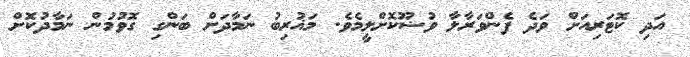
އަދި ކޮޓަރިއަށް ވަދެ ފެންވަރާލާ ވުޟޫކޮށްލީމެވެ. މަޣުރިބު ނަމާދަށް ބަންގި ގޮވުމުން ނަމާދުކޮށް